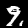
Label: 9